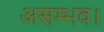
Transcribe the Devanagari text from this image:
असम्भव।